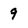
Character: 9